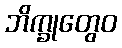
ဘိက္ခုတွေဝ